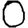
Digit: 0